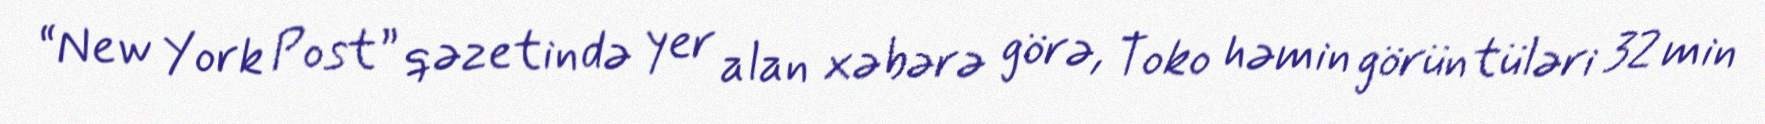
“New York Post” qəzetində yer alan xəbərə görə, Toko həmin görüntüləri 32 min